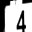
Digit: 4